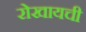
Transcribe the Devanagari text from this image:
रोखायची